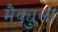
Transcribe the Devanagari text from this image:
मैक्युला